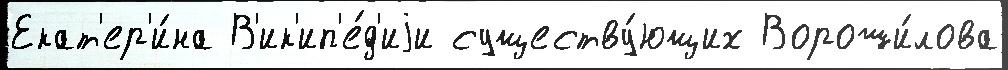
Екат'ер'и́на В'ик'ип'е́д'иjи существу́ющих Вороши́лова